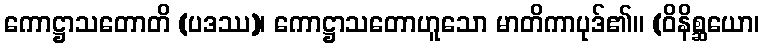
ကောဋ္ဌာသတောတိ (ပဒဿ)၊ ကောဋ္ဌာသတောဟူသော မာတိကာပုဒ်၏။ (ဝိနိစ္ဆယော၊